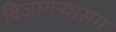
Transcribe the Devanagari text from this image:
बिजागऱ्यासम